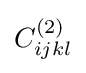
C_{ijkl}^{(2)}